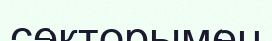
секторымен